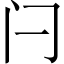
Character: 闩